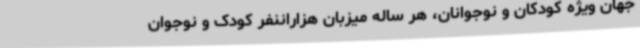
جهان ویژه کودکان و نوجوانان، هر ساله میزبان هزاراننفر کودک و نوجوان